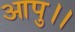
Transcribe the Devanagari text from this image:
आपु।।